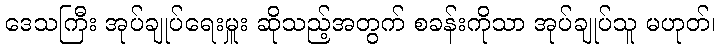
ဒေသကြီး အုပ်ချုပ်ရေးမှူး ဆိုသည့်အတွက် စခန်းကိုသာ အုပ်ချုပ်သူ မဟုတ်၊